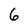
Character: 6